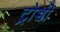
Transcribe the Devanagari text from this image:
ट्रोच्ची